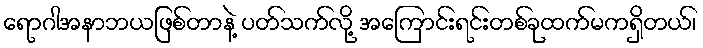
ရောဂါအနာဘယဖြစ်တာနဲ့ ပတ်သက်လို့ အကြောင်းရင်းတစ်ခုထက်မကရှိတယ်၊